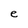
Character: e